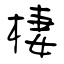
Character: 棲